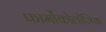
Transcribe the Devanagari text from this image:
फार्मोकोलॉजिक